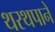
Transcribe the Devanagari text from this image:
थरथपाने